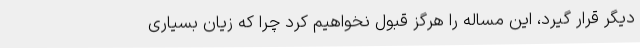
دیگر قرار گیرد، این مساله را هرگز قبول نخواهیم کرد چرا که زیان بسیاری